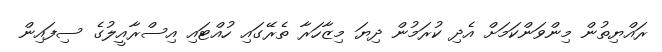
ރައްޔިތުން މިންވަންކަމަށް އެދި ކުރަމުން ދިޔަ މިޒާހަރާ ތެރޭގައި ހުއްޓައި އިސްރާއީލުގެ ސިފައިން